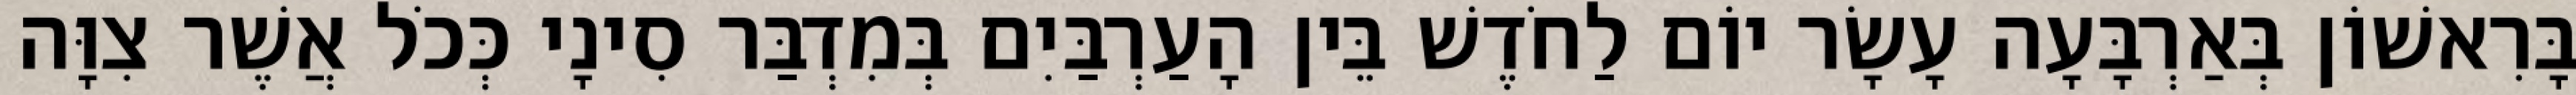
בָּרִאשׁוֹן בְּאַרְבָּעָה עָשָׂר יוֹם לַחֹדֶשׁ בֵּין הָעַרְבַּיִם בְּמִדְבַּר סִינָי כְּכֹל אֲשֶׁר צִוָּה